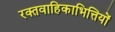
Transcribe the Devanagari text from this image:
रक्तवाहिकाभित्तियों